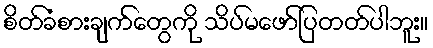
စိတ်ခံစားချက်တွေကို သိပ်မဖော်ပြတတ်ပါဘူး။